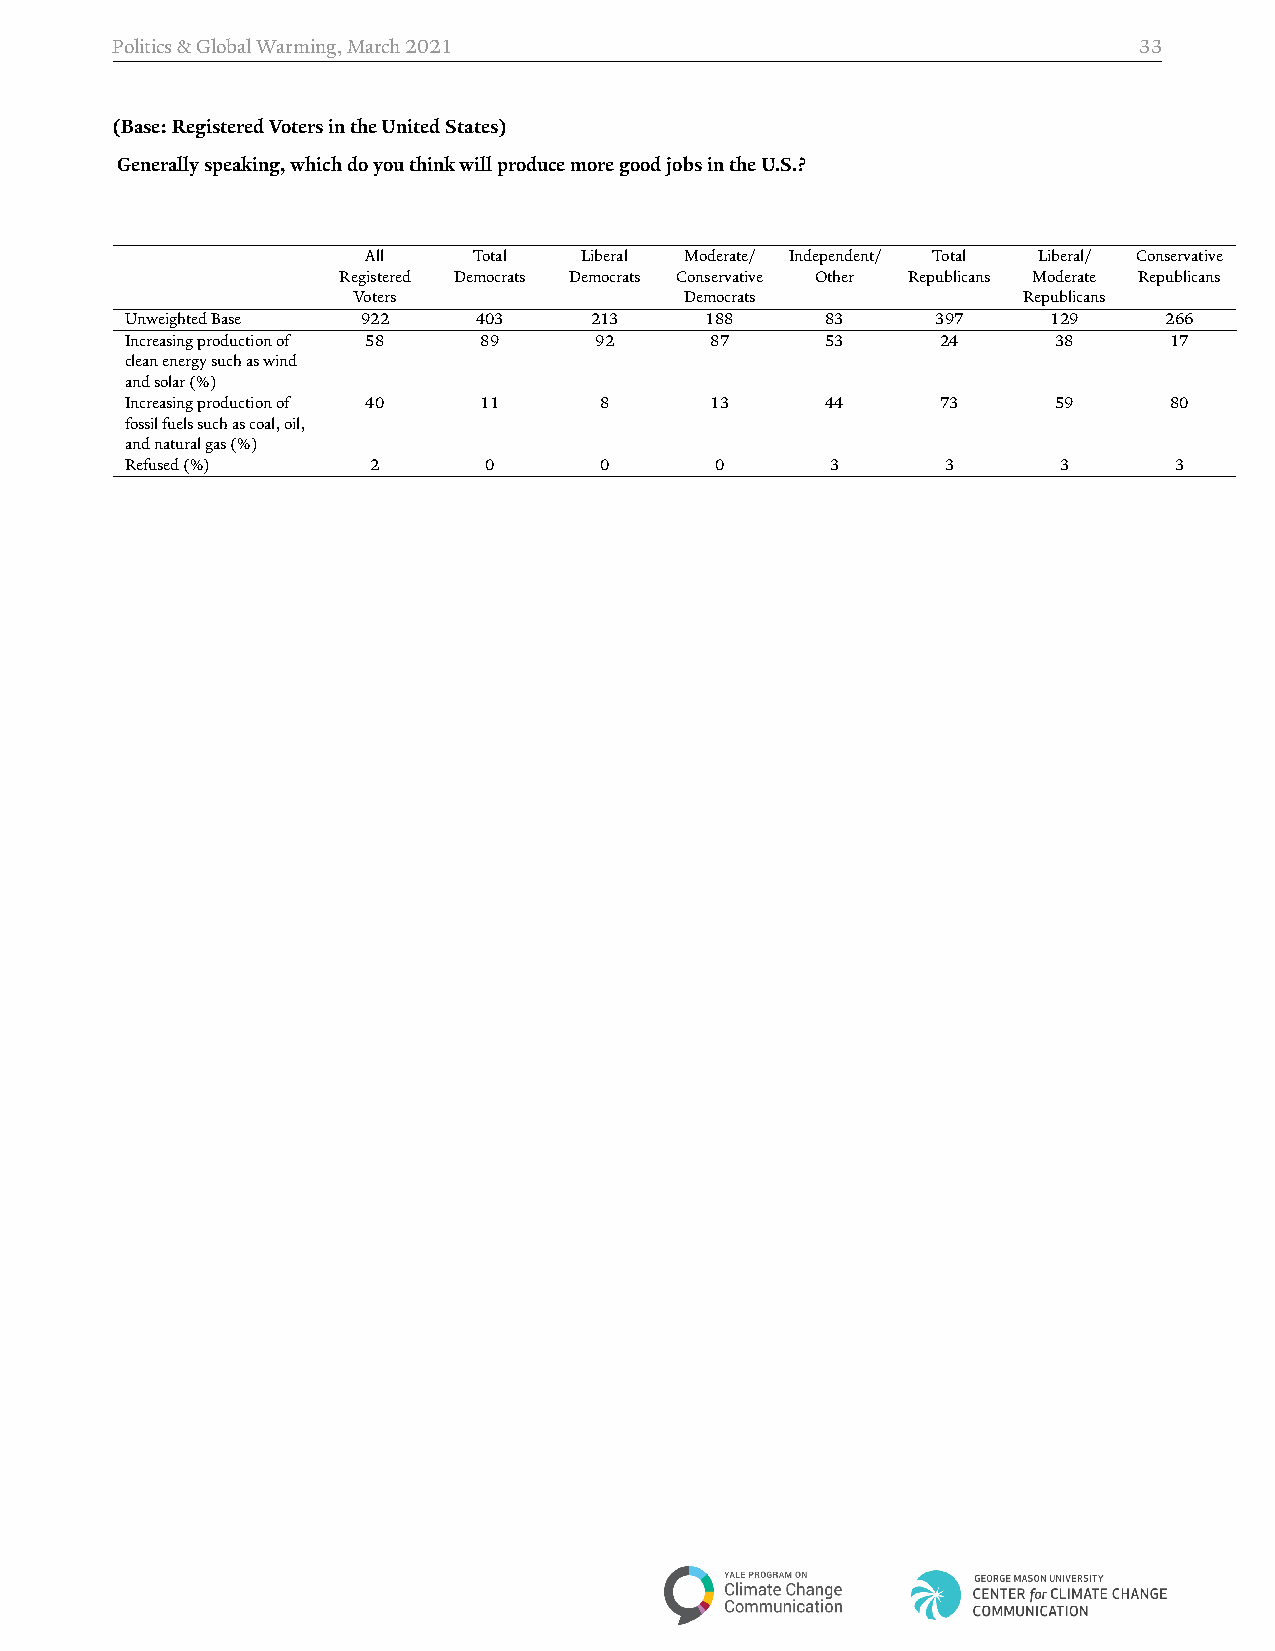
Politics&GlobalWarming,March2021                                    33
 (Base:RegisteredVotersintheUnitedStates)
 Generallyspeaking,whichdoyouthinkwillproducemoregoodjobsintheU.S.?
 All    Total  Liberal Moderate/ Independent/ Total Liberal/ Conservative
 Registered Democrats Democrats Conservative Other Republicans Moderate Republicans
 Voters                Democrats              Republicans
 UnweightedBase  922    403     213     188     83     397     129    266
 Increasingproductionof 58 89   92      87      53     24      38     17
 cleanenergysuchaswind
 andsolar(%)
 Increasingproductionof 40 11    8      13      44     73      59     80
 fossilfuelssuchascoal,oil,
 andnaturalgas(%)
 Refused(%)       2      0       0      0       3       3      3       3